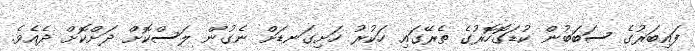
ފައިބަރުގެ ސަބަބުން ކުޑަގޮހޮރުގެ ތެރޭގައި ހަކުރު ހަށިގަނޑަށް ނެގުން ލަސްކޮށް ދަށްކޮށް ދެއެވެ.